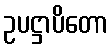
ဥပဋ္ဌာပိတော